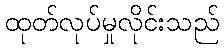
ထုတ်လုပ်မှုလိုင်းသည်